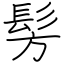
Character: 髣